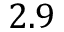
2 . 9